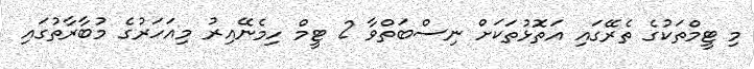
މި ޓީމްތަކުގެ ތެރޭގައި އަތޮޅުތަކަށް ނިސްބަތްވާ 2 ޓީމް ހިމެނޭއިރު މިއަހަރުގެ މުބާރާތުގައި